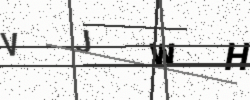
Text: VJWH